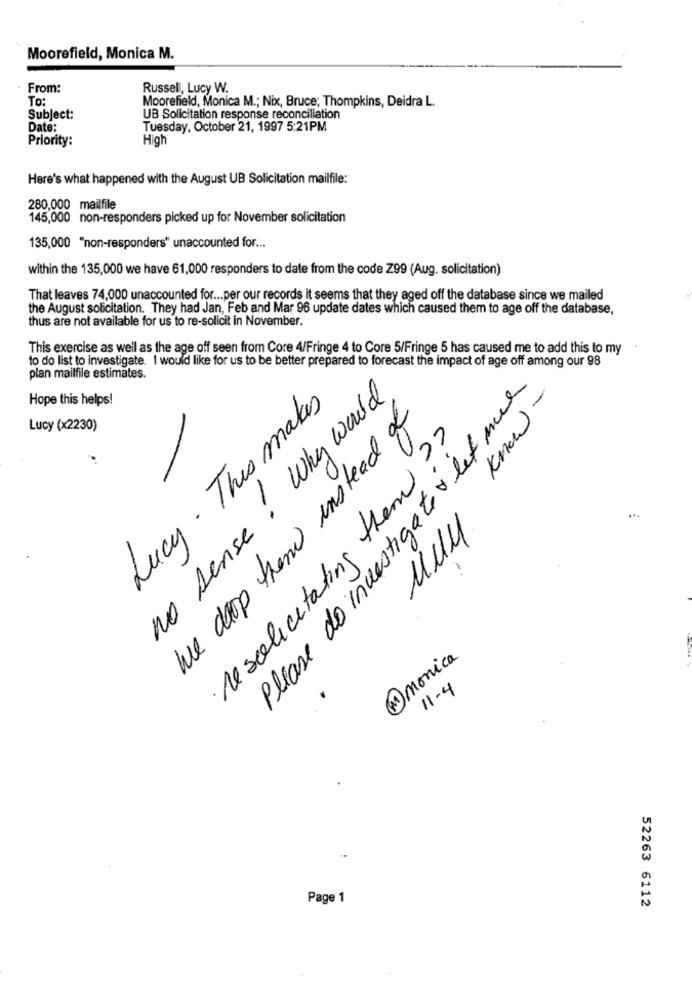
Moorefield, Monica M.
From:
Russell, Lucy W.
To:
Moorefield, Monica M .; Nix, Bruce; Thompkins, Deidra L.
Subject:
UB Solicitation response reconciliation
Date:
Tuesday, October 21, 1997 5:21PM
Priority:
High
Here's what happened with the August UB Solicitation mailfile:
280,000 mailfile
145,000 non-responders picked up for November solicitation
135,000 "non-responders" unaccounted for ...
within the 135,000 we have 61,000 responders to date from the code Z99 (Aug. solicitation)
That leaves 74,000 unaccounted for ... per our records it seems that they aged off the database since we mailed
the August solicitation. They had Jan, Feb and Mar 96 update dates which caused them to age off the database,
thus are not available for us to re-solicit in November.
This exercise as well as the age off seen from Core 4/Fringe 4 to Core 5/Fringe 5 has caused me to add this to my
to do list to investigate. I would like for us to be better prepared to forecast the impact of age off among our 98
plan mailfile estimates.
Please do investigate let mue
no sense ! Why would.
know-
Hope this helps!
Lucy . This makes
We drop them instead of
Lucy (x2230)
·Mesolicitating them ??
Muy
...
M monica
11-4
Page 1
52263 6112